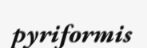
pyriformis